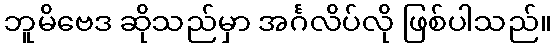
ဘူမိဗေဒ ဆိုသည်မှာ အင်္ဂလိပ်လို ဖြစ်ပါသည်။